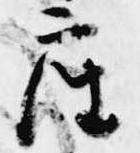
座